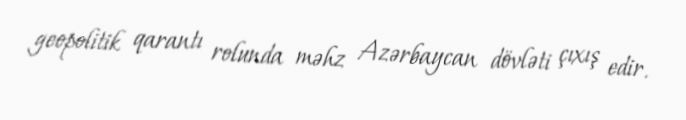
geopolitik qarantı rolunda məhz Azərbaycan dövləti çıxış edir.